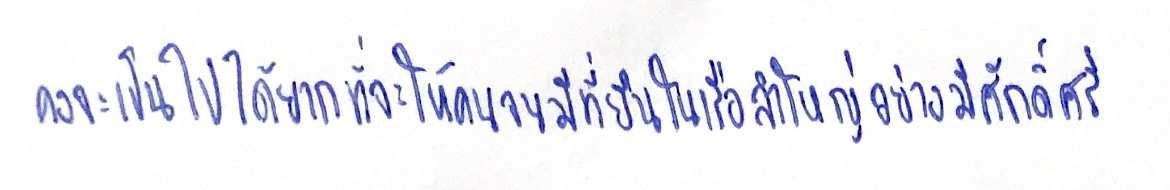
คงจะเป็นไปได้ยากที่จะให้คนจนมีที่ยืนในเรือลำใหญ่อย่างมีศักดิ์ศรี